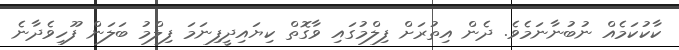
ކާކުކަމެއް ނުބުނާނަމެވެ. ދެން އިތުރަށް ފިލްމުގައި ވާގޮތް ކިޔައިދީފިނަމަ ފިިލްމު ބަަލަން ފޫހިވެދާނެ